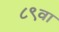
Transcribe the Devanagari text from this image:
८९वा